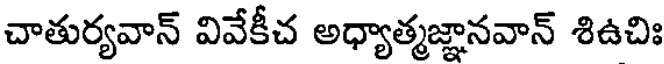
చాతుర్యవాన్ వివేకీచ అధ్యాత్మజ్ఞానవాన్ శిఉచిః